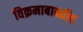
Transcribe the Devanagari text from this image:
विक्रमाबाबतीत